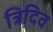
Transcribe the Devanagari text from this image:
त्रिदिव